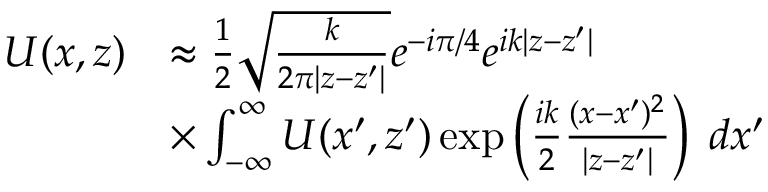
\begin{array} { r l } { U ( x , z ) } & { \approx \frac { 1 } { 2 } \sqrt { \frac { k } { 2 \pi | z - z ^ { \prime } | } } e ^ { - i \pi / 4 } e ^ { i k | z - z ^ { \prime } | } } \\ & { \times \int _ { - \infty } ^ { \infty } U ( x ^ { \prime } , z ^ { \prime } ) \exp \left( \frac { i k } { 2 } \frac { ( x - x ^ { \prime } ) ^ { 2 } } { | z - z ^ { \prime } | } \right) \; d { x ^ { \prime } } } \end{array}